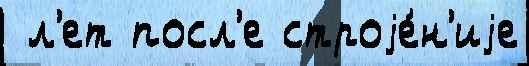
 л'ет посл'е строjе́н'иjе